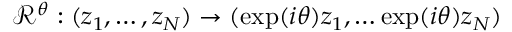
\mathscr R ^ { \theta } : ( z _ { 1 } , \dots , z _ { N } ) \to ( \exp ( i \theta ) z _ { 1 } , \dots \exp ( i \theta ) z _ { N } )